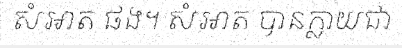
សំអាត ផង។ សំអាត បានក្លាយជា